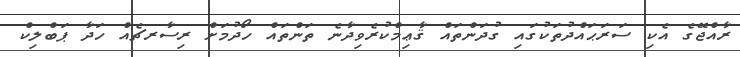
ރާއްޖޭގެ އެކި ސަރަޙައްދުތަކުގައި ގުދަންތައް ޤާޢިމްކުރެވިދާނެ ތަންތައް ހޯދުމަށް ރިސާރޗެއް ހަދާ ޕަބްލިކް